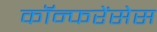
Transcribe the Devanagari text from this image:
कॉन्फरेंसेस